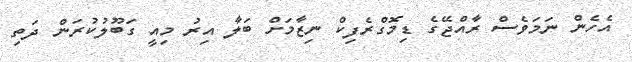
އެހެން ނަމަވެސް ރާއްޖޭގެ ޑިމޮގްރެފިކް ނިޒާމަށް ބަލާ އިރު މިއީ ގަބޫލުކުރަން ދަތި